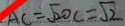
A C = \sqrt { 2 } O C = \sqrt { 2 }